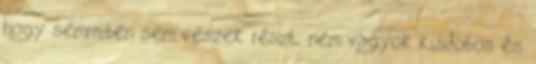
hogy semmiben sem veszek részt, nem vagyok kisdobos és